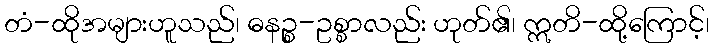
တံ-ထိုအများဟူသည်၊ ဓနဉ္စ-ဥစ္စာလည်း ဟုတ်၏၊ ဣတိ-ထို့ကြောင့်၊